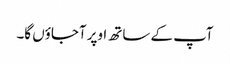
آپ کے ساتھ اوپر آجاؤں گا۔